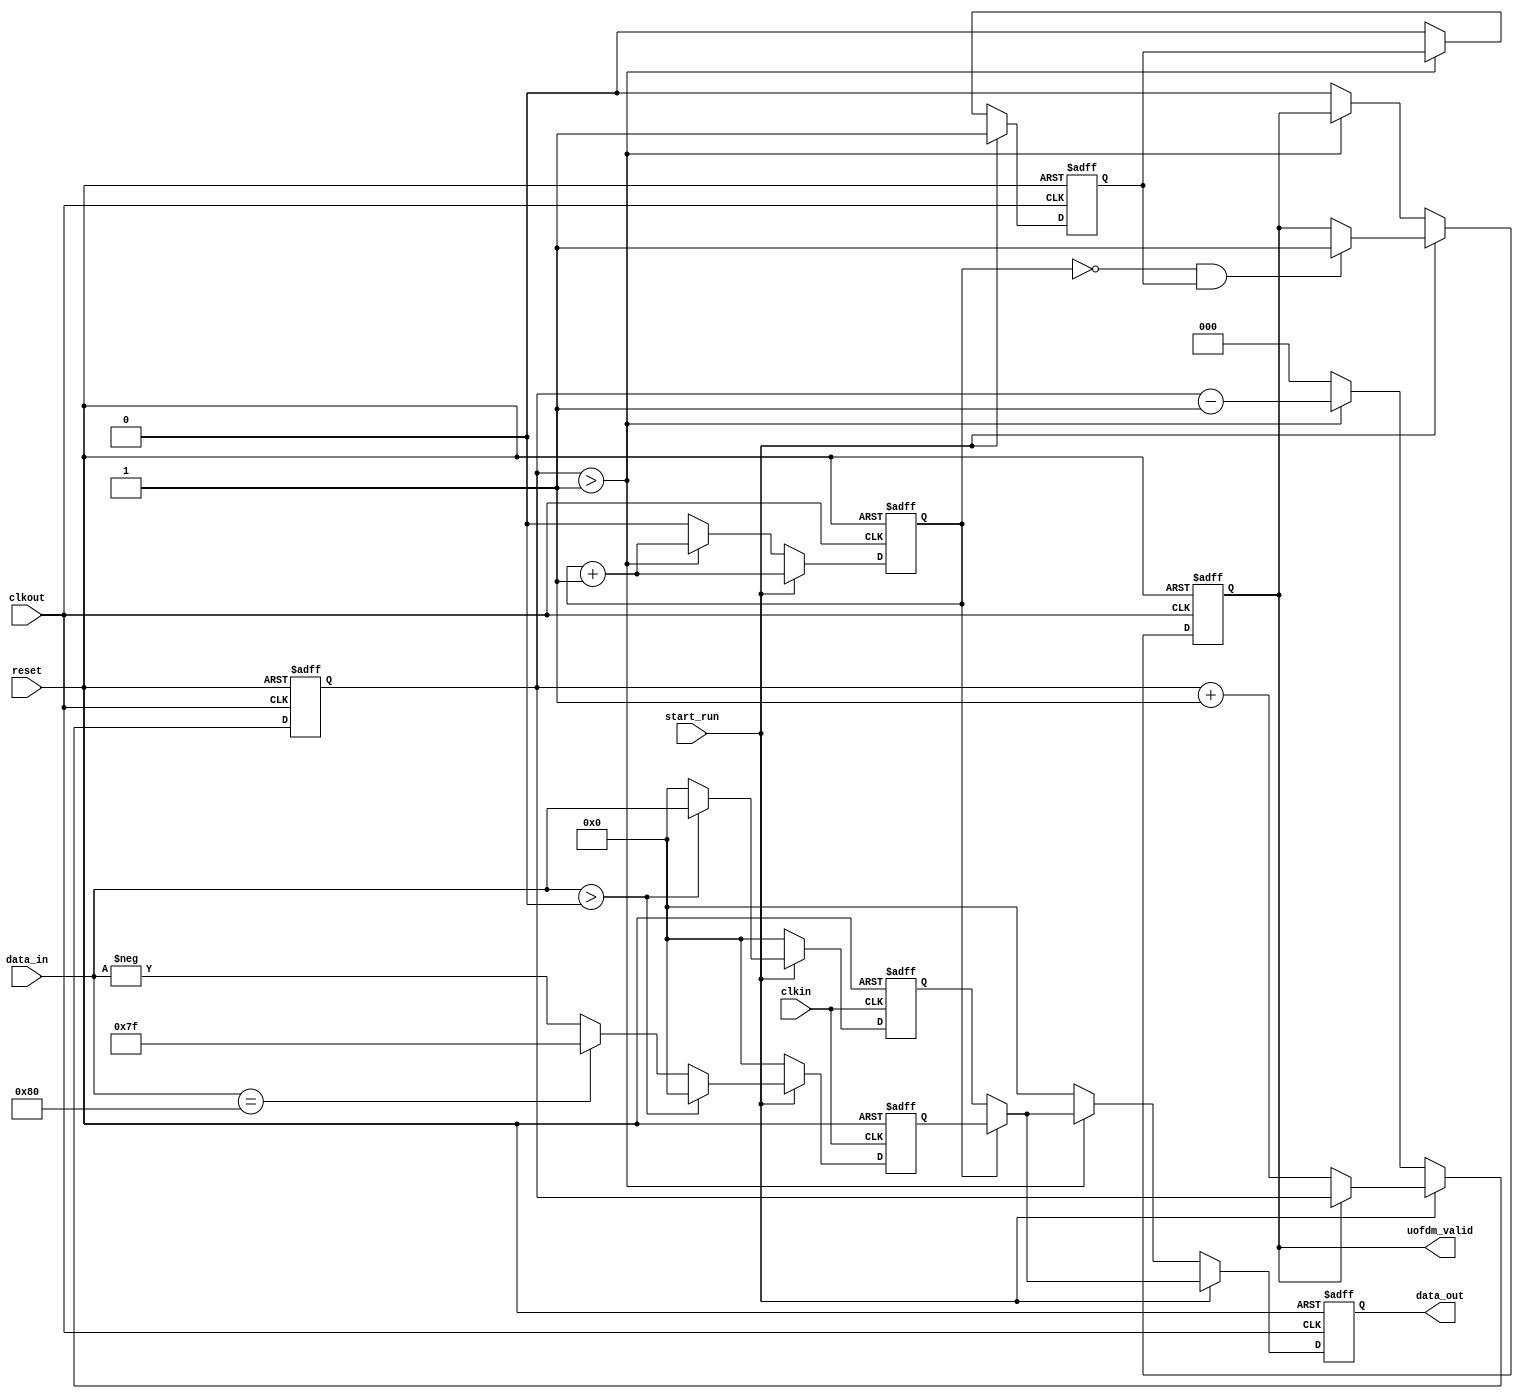
module u_ofdm(
	input clkin,  //50MHz
	input clkout, //100MHz
	input reset,
	input start_run,
	input  signed[7:0] data_in,
	output reg [7:0] data_out,
	output reg uofdm_valid
);

reg [7:0] enc_reg[1:0];    //
always@(posedge clkin or negedge reset) begin 
	if(!reset) begin
		enc_reg[1] <= 8'd0;
		enc_reg[0] <= 8'd0;
	end
	else if(start_run == 1) begin
		if(data_in > 0) begin
			enc_reg[1] <= data_in;
			enc_reg[0] <= 8'd0;
		end
		else if(data_in == -128) begin
			enc_reg[1] <= 8'd0;
			enc_reg[0] <= 8'd127;
		end
		else begin
			enc_reg[1] <= 8'd0;
			enc_reg[0] <= -data_in;
		end
	end
	else begin
		enc_reg[1] <= 8'd0;
		enc_reg[0] <= 8'd0;
	end
end

reg out_cnt;
reg uofdm_valid_aux; //
reg [2:0] delta_clk_cnt; //
always@(posedge clkout or negedge reset) begin 
	if(!reset) begin	
		out_cnt <= 0;
		data_out <= 0;
		uofdm_valid <= 0;
		uofdm_valid_aux <= 0;
		delta_clk_cnt <= 0;
	end
	else if(start_run == 1) begin
		out_cnt <= out_cnt + 1'b1;
		if(out_cnt == 0)
			data_out <= enc_reg[1];
		else
			data_out <= enc_reg[0];
		uofdm_valid_aux <= 1'b1;
		if(out_cnt == 0 && uofdm_valid_aux == 1'b1)
			uofdm_valid <= 1'b1;
		if(uofdm_valid == 0)
			delta_clk_cnt <= delta_clk_cnt + 1'b1;
	end
	else if(delta_clk_cnt > 1) begin
		delta_clk_cnt <= delta_clk_cnt - 1'b1;
		out_cnt <= out_cnt + 1'b1;
		if(out_cnt == 0)
			data_out <= enc_reg[1];
		else
			data_out <= enc_reg[0];
	end
	else begin
		out_cnt <= 0;
		data_out <= 0;
		uofdm_valid <= 0;
		uofdm_valid_aux <= 0;
		delta_clk_cnt <= 0;
	end
end

endmodule